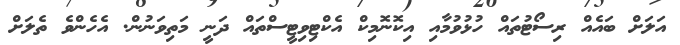
އަލަށް ބައެއް ރިސޯޓުތައް ހުޅުވުމާއި އިކޮނޮމިކް އެކްޓިވިޓީސްތައް ދަނީ މަތިވަނުން. އެހެންވެ ތެލަށް